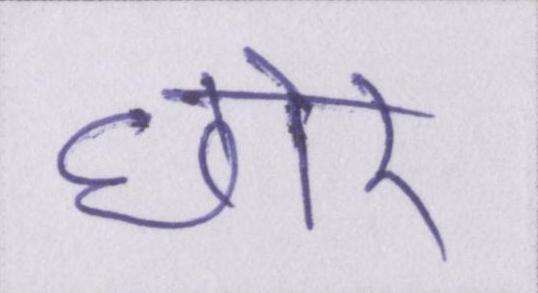
छोर